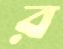
র